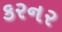
કરનર